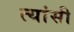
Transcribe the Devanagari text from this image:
त्यांसी